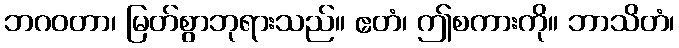
ဘဂဝတာ၊ မြတ်စွာဘုရားသည်။ ဧတံ၊ ဤစကားကို။ ဘာသိတံ၊